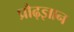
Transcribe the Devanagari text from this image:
प्रौढ़ज्ञान